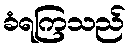
ခံရကြသည်